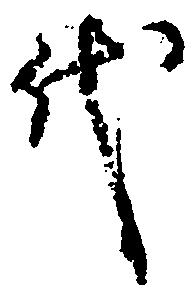
代